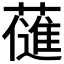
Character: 𮒊